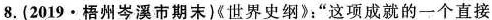
8.（2019·梧州岑溪市期末）《世界史纲》：“这项成就的一个直接